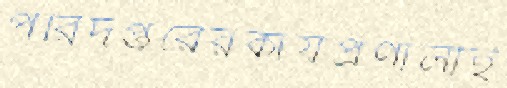
পরিদপ্তরেরকার্যপ্রণালীই